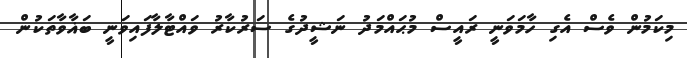
މިކަމުން ވެސް އެގި ހާމަވަނީ ރައީސް މުޙައްމަދު ނަޝީދުގެ ސަރުކާރު ވައްޓާލާފައިވަނީ ބަޣާވާތަކުން